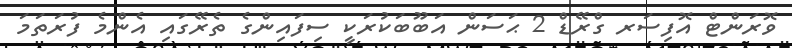
ވޮރަންޓް އޮފިސަރ ގްރޭޑް 2 ޙަސަން އަބޫބަކުރަކީ ސިފައިންގެ ތެރޭގައި އެންމެ ފުރަތަމަ